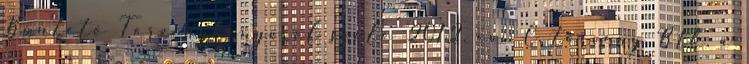
Büntető Törvénykönyvről szóló 2012. évi C. törvény Btk. a